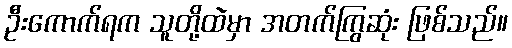
ဦးကောက်ရက သူတို့ထဲမှာ အတက်ကြွဆုံး ဖြစ်သည်။